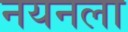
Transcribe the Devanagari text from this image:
नयनला